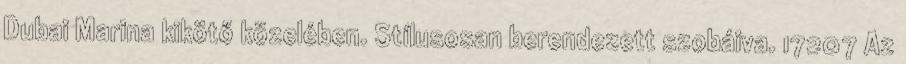
Dubai Marina kikötő közelében. Stílusosan berendezett szobáiva. 17207 Az